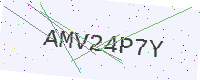
Text: AMV24P7Y